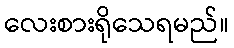
လေးစားရိုသေရမည်။